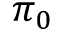
\pi _ { 0 }